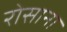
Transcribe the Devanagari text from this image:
रोसाना